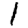
Digit: 1